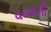
વડનાની